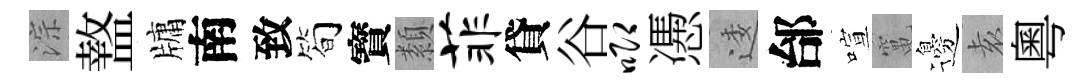
淙盩牗南致简寳纇菲貸谷唧慿逶邰喧𥧄邊𡊮粵